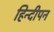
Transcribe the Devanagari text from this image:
हिन्दीपन